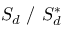
{ \cal S } _ { d } ~ / ~ { \cal S } _ { d } ^ { * }